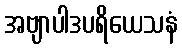
အဗျာပါဒပရိယေသနံ